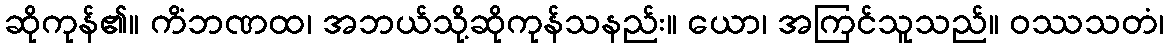
ဆိုကုန်၏။ ကိံဘဏထ၊ အဘယ်သို့ဆိုကုန်သနည်း။ ယော၊ အကြင်သူသည်။ ဝဿသတံ၊